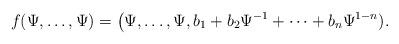
LaTeX: \begin{align*}f(\Psi,\dots,\Psi)=\big(\Psi,\dots,\Psi,b_1+b_2\Psi^{-1}+\dots+b_n\Psi^{1-n}).\end{align*}